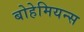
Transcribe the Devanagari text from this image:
बोहेमियन्स